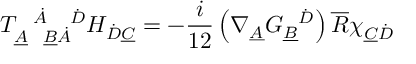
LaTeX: T _ { \underline { { { A } } } \ \ \underline { { { B } } } \dot { A } } ^ { \ \ \dot { A } \ \ \ \dot { D } } H _ { \dot { D } \underline { { { C } } } } = - \frac { i } { 1 2 } \left( \nabla _ { \underline { { { A } } } } G _ { \underline { { { B } } } } ^ { \ \ \dot { D } } \right) \overline { { { R } } } \chi _ { \underline { { { C } } } \dot { D } }